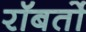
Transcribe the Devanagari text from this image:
रॉबर्तो